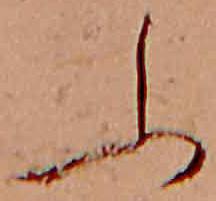
ふ